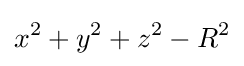
x^{2}+y^{2}+z^{2}-R^{2}